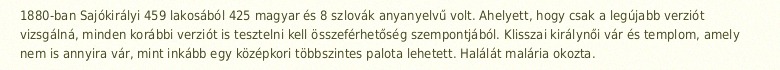
1880-ban Sajókirályi 459 lakosából 425 magyar és 8 szlovák anyanyelvű volt. Ahelyett, hogy csak a legújabb verziót vizsgálná, minden korábbi verziót is tesztelni kell összeférhetőség szempontjából. Klisszai királynői vár és templom, amely nem is annyira vár, mint inkább egy középkori többszintes palota lehetett. Halálát malária okozta.